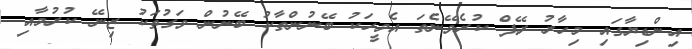
އިންޑިޔާގައި މިހާރު ރޭޕް ކުރެވޭނެތަ އެމީހަކު ބޭނުންތާކު ބޭނުން ވަގުތަކު ޒިނޭ ކުރުމާއި